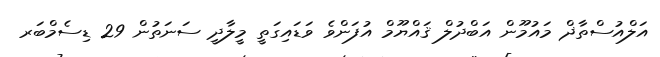
އަލްއުސްތާޛް މައުމޫން އަބްދުލް ޤައްޔޫމް އުފަންވެ ވަޑައިގަތީ މީލާދީ ސަނަތުން 29 ޑިސެމްބަރ